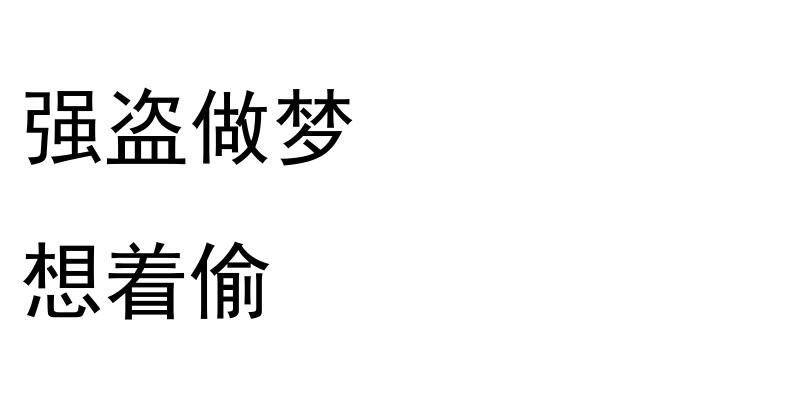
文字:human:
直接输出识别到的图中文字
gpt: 强盗做梦 想着偷